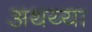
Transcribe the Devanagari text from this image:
अथय्या